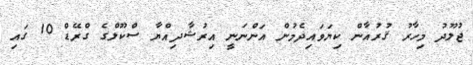
ޖުލޫދު މިހާރު ޤުރުއާން ކިޔަވައިދެމުން އަންނަނީ އިރުޝާދިއްޔާ ސްކޫލްގެ ގްރޭޑް 10 ގައި